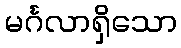
မင်္ဂလာရှိသော